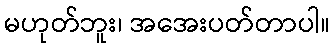
မဟုတ်ဘူး၊ အအေးပတ်တာပါ။